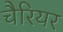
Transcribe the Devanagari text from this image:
चैरियर